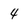
Character: 4